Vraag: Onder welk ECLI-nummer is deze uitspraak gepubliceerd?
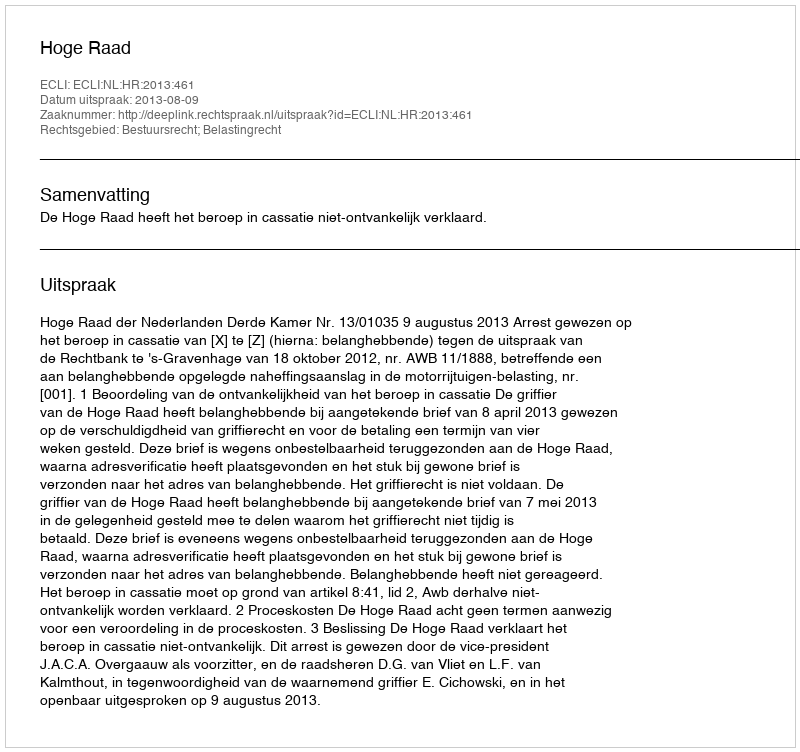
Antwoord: ECLI:NL:HR:2013:461